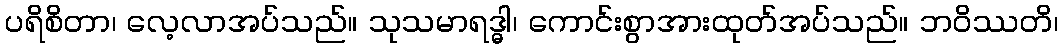
ပရိစိတာ၊ လေ့လာအပ်သည်။ သုသမာရဒ္ဓါ၊ ကောင်းစွာအားထုတ်အပ်သည်။ ဘဝိဿတိ၊